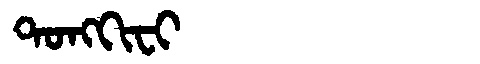
Manchu: ᡨᠣᠩᡴᡳᠸᡳ
Romanization: TONGKIFI